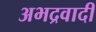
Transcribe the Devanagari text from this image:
अभद्रवादी